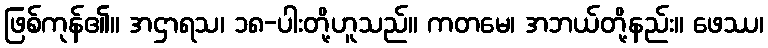
ဖြစ်ကုန်၏။ အဌာရသ၊ ၁၈-ပါးတို့ဟူသည်။ ကတမေ၊ အဘယ်တို့နည်း။ ဖေဿ၊